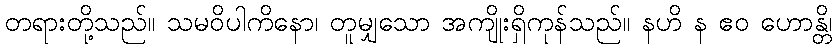
တရားတို့သည်။ သမဝိပါကိနော၊ တူမျှသော အကျိုးရှိကုန်သည်။ နဟိ န ဧဝ ဟောန္တိ၊